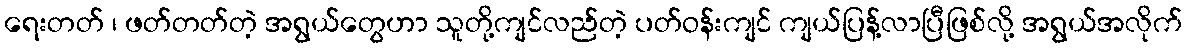
ရေးတတ် ၊ ဖတ်တတ်တဲ့ အရွယ်တွေဟာ သူတို့ကျင်လည်တဲ့ ပတ်ဝန်းကျင် ကျယ်ပြန့်လာပြီဖြစ်လို့ အရွယ်အလိုက်